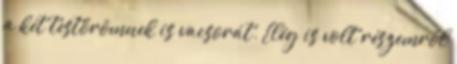
a két testőrömnek is vacsorát. Elég is volt részemről